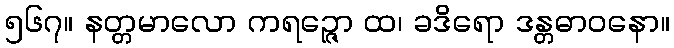
၅၆၇။ နတ္တမာလော ကရဉ္ဇော ထ၊ ခဒိရော ဒန္တဓာဝနော။